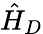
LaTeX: \hat{H}_{D}